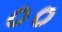
૦૦